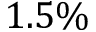
1 . 5 \%